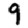
Digit: 9